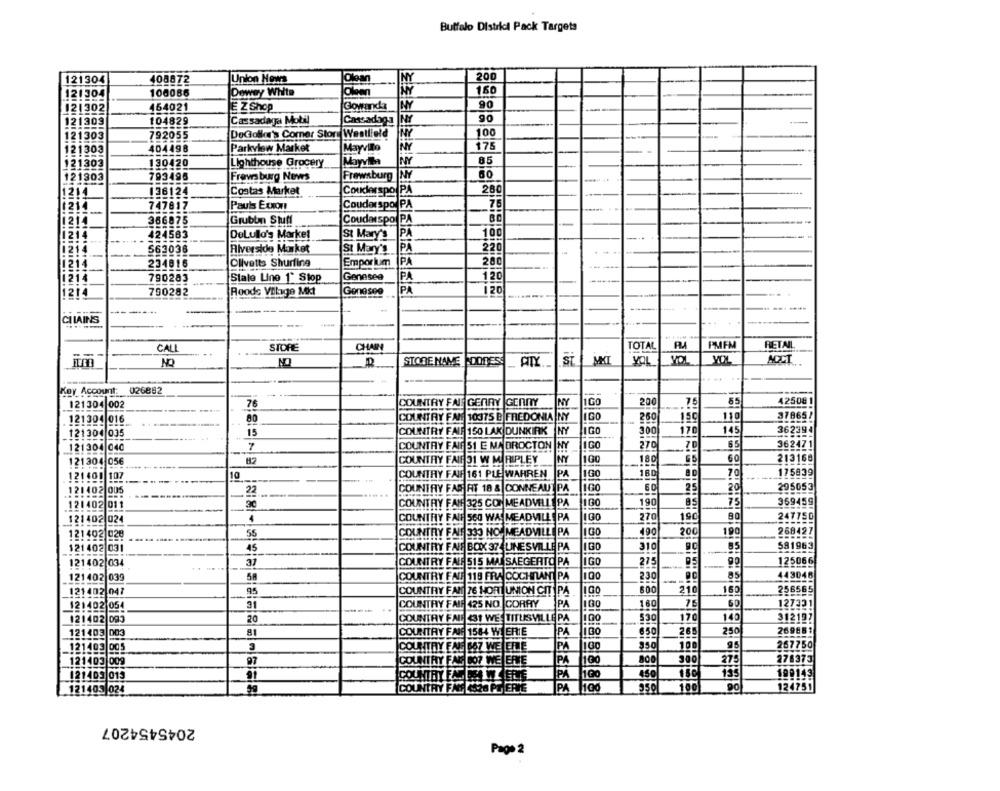
Buffalo District Pack Targets
121304
408872
Union Hows
TOlean
NY
200
121304
100086
Dewey White
150
90
121302
454021
E Z Shop
Gowmda
---
Cassadaga Mobil
90
121309
104829
Cassadag]
792055
DeGoller's Comer Stort Westfield
100
121303
121303
404498
|Parkview Market
Mayvillo
175
121303
130420
Lighthouse Grocery
|Mayvilla
85
60
121903
793495
Freve burg News
Frewsburg
136124
Couderspo PA
280
1214
Costas Market
1214
747817
Pauls Exxon
Couderspo PA
75
2
366875
Grubbın Stuff
Couderspo PA
1214
424563
DeLullo's Market
St Mary's
P
100
1214
563036
Riverside Market
St Mary's
PA
220
Emporium
280
1214
234816
Olivette Shurfing
PA
10214
790283
Stale Lino 1" Stop
Genesee
PA
120
1214
790282
Roods Vilage Mkt
Genesee
PA
120
-------
----...
CILAINS
CALL
STORE
CHAR
TOTAL
PMFM
RETAIL
NO
NO
STORE NAME DORES
PITY
ST
MKT
YOL
MOL
ACCT
Key Account: 026882
76
COUNTRY FAIT GERRY |GENNY
NY
1GO
200
7.5
55
42508 1
121304 002
121304 016
80
COUNTRY FAN 10375 B FREDONIA NY
1GO
250
150
110
378652
121304 035
15
COUNTRY FAIT 150 LAK DUNKIRK
NY
IGO
300
170
145
362394
121304 040
7
COUNTRY FAIR 51 E MABROCTON
NY
IGO
270
85
362471
NY
180
60
213168
121304 056
COUNTRY FAIR 31 W MI RIPLEY
121 600
107
COUNTRY FAIF 161 PLE WAHREN
PA
100
180
70
175839
10
121402 005
COUNTRY FAS AT 18 & CONNEAUT PA
1GO
25|
20
295053
22
.....
121402 011
COUNTRY FAN 325 CON MEADVILLE PA
1100
190
75
369459
121402 024
4
COUNTRY FAIT 560 WA MEADVILLE PA
1GO
270
190
247750
200
190
121402 028
55
COUNTRY FAIT 333 NO. MEADVILLE PA
IGO
490
268427
COUNTRY FAIT BOX 37- LINE SVILLE PA
100
310
581963
121402 031
45
121402 034
37
COUNTRY FALL 515 MAL SAEGERTO PA
IGO
275
125066
121402 039
50
COUNTRY FAU 119 FRA COCHRAN PA
100
230
85
443046
121402 047
COUNTRY FAN
76 HORTUNION CIT IPA
210
160
256565
121402 054
31
COUNTRY FAIR 425 NO. CORAY
PA
130
160
127321
20
COUNTRY FAIS 431 WE' TITUSVILLE PA
100
$30
170
140
312197
121402 093
121403 003
COUNTRY FAIG 1584 W ERIE
PA
130
650
265
250
269881
121403 005
COUNTRY FAIE 667 WE LERLE
PA
1100
350
100
267750
121403 009
COUNTRY FAG DO? WE ERE
PA
10
800
275
276373
PÅ
100
121403 013
COUNTRY FALLS IWERE
450
100149
121403 024
AY FAN 4426 PL ERTE
PA
1100
950
100
124751
2045454207
Page 2